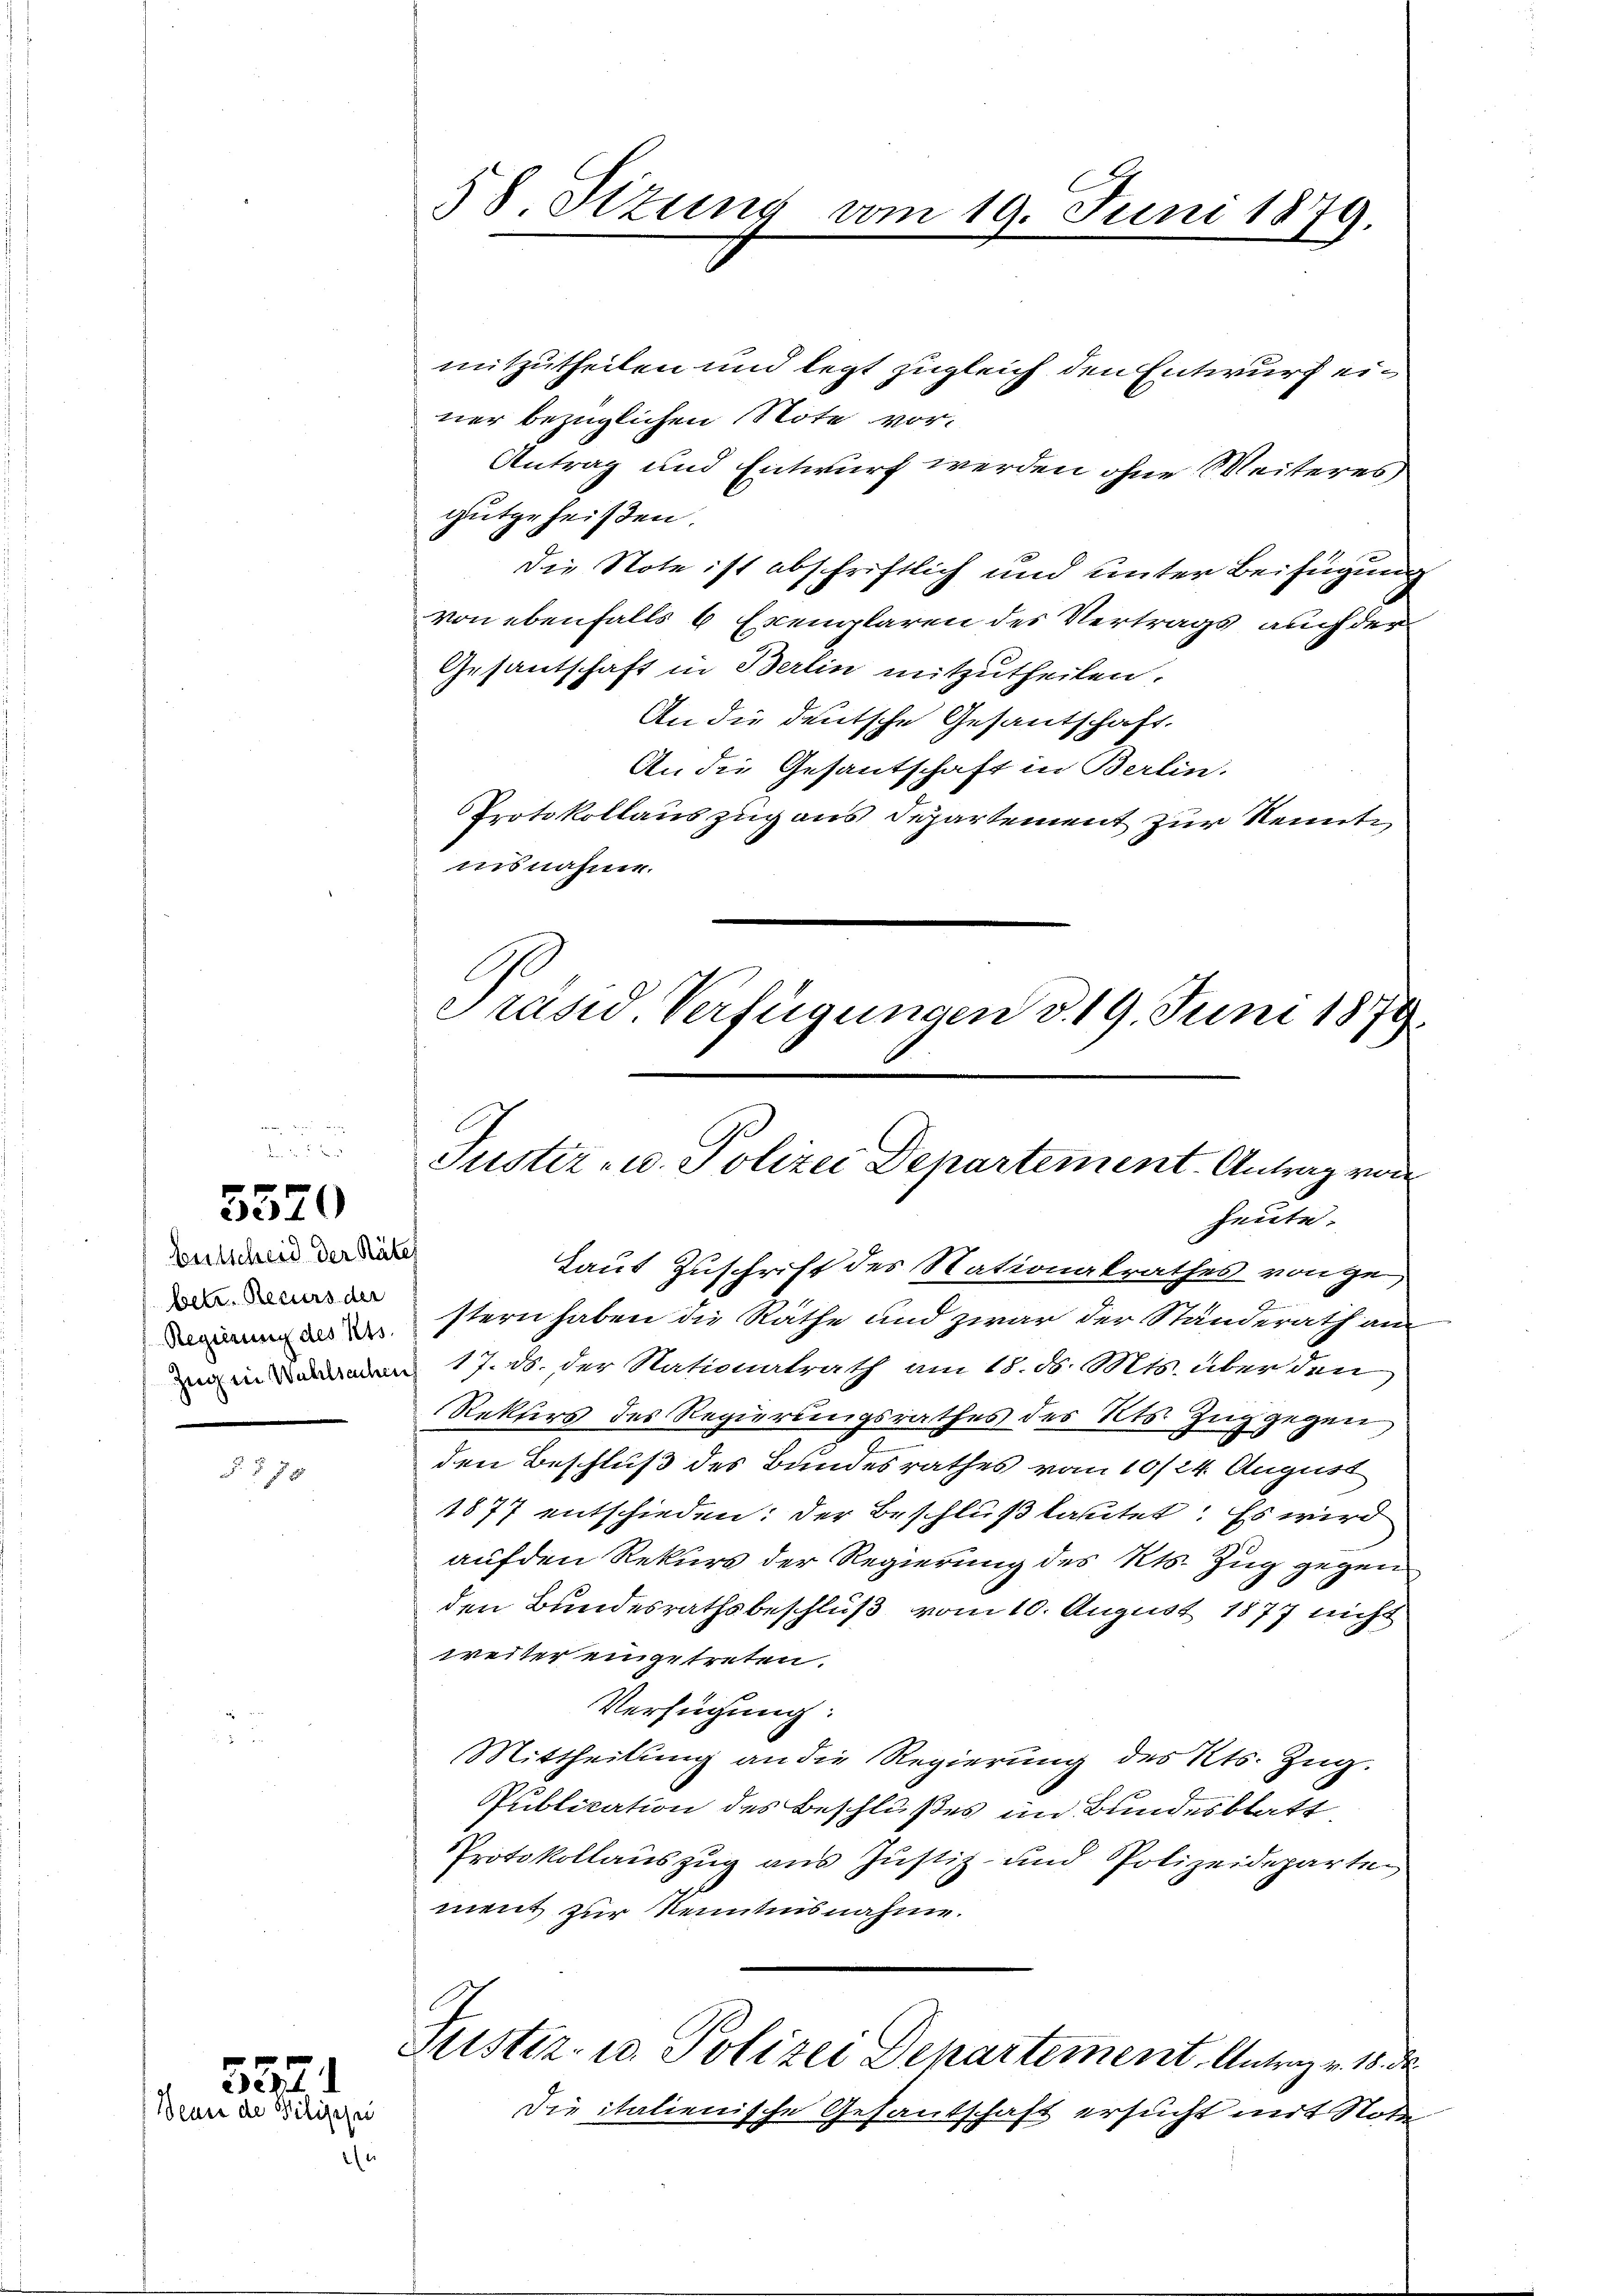
5570

Entscheid der Räter
betr. Recurs der

f 2

5374
Seuer de Bilischei

58 Sizung vom 19. Juni 1879.

mitzutheilen und legt zugleich den Entwurf einer bezüglichen Note vor.
Antrag und Entwurf werden ohne Weiteres
gutgeheißen.
Die Note ist abschriftlich und unter Beifügung
von ebenfalls 6 Exemplaren des Vertrags auch der
Gesantschaft in Berlin mitzutheilen.
An die deutsche Gesantschaft.
An die Gesantschaft in Berlin.
Protokollauszug aus Departement zur Kenntisnahme.

Präsid. Verfügungen d. 19. Juni 1879
Justiz- u. Polizei Departement. Antrag von
heute.

Laut Zuschrift des Nationalrathes von ge
stern haben die Räthe und zwar der Standerath am
inen 17. d. der Nationalrath am 18. d. Mts. über den
Rektors des Regierungsrathes des Kts. Zŭg gegen
2
den Beschluß des Bundesrathes vom 10/24. August
1877 entschieden: der Beschluß lautet: Es wird
auf den Rekurs der Regierung des Kts. Zug gegen
den Bundesrathsbeschluß vom 10. August 1877 nicht
weiter eingetreten.
Verfügung:
Mittheilung an die Regierung des Kts. Zug.
Publikation des Beschlußes im Bundesblatt,
Protokollauszug aus Justiz- und Polizeidepartement zur Kenntnisnahme.
Justiz- u. Polizei Departement. Antrag v. 15. d
Die italienische Gesandschaft ersucht mit Note
2